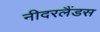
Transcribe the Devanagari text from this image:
नीदरलैंडस